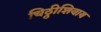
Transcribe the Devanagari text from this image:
चिठ्ठीशिवाय